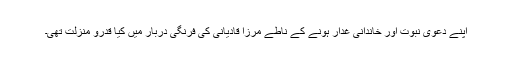
اپنے دعویٰ نبوت اور خاندانی غدار ہونے کے ناطے مرزا قادیانی کی فرنگی دربار میں کیا قدرو منزلت تھی۔